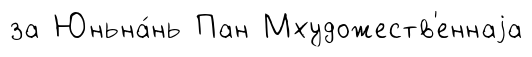
за Юньна́нь Пан Мхудожеств'еннаjа